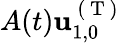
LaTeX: A(t)\mathbf{u}_{1,0}^{\mathrm{~(~T~)~}}